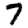
Digit: 7